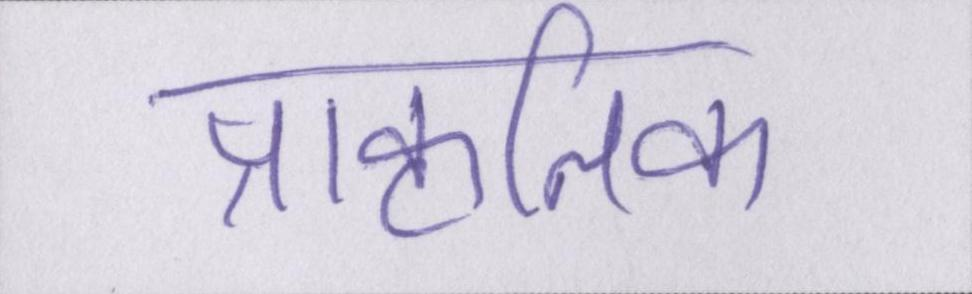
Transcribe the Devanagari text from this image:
प्राकृतिक